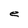
Character: e